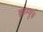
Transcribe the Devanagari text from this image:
ब्रहम्पुत्र